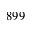
8 9 9